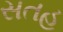
સતહ